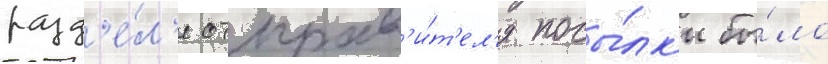
разд'е́л'е отправ'и́т'ел'я посы́лк'и бы́ло